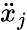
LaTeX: \ddot{x}_{j}